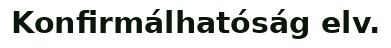
Konfirmálhatóság elv.